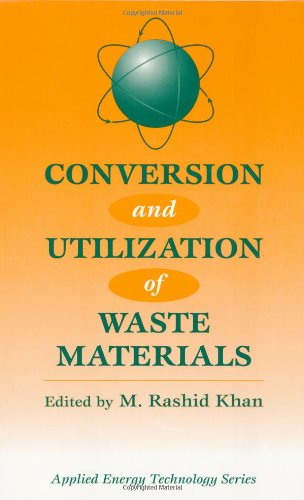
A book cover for Conversion And Utilization Of Waste Materials (Applied Energy Technology Series); M. Rashid Khan; Science & Math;